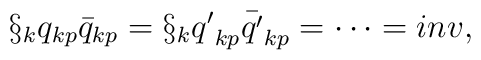
\S_{k}{q}_{kp}{\bar{q}}_{kp} =\S_{k}{q'}_{kp}{\bar{q'}}_{kp}=\cdots = inv,